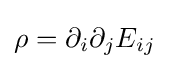
\rho =\partial _{i}\partial _{j}E_{ij}